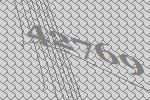
42769